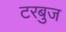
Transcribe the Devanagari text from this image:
टरबुज